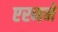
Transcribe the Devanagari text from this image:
एरनने